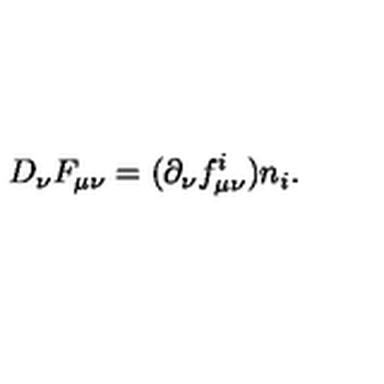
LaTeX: D _ { \nu } F _ { \mu \nu } = ( \partial _ { \nu } f _ { \mu \nu } ^ { i } ) n _ { i } .